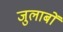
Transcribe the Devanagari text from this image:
जुलाबों